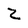
Character: Z